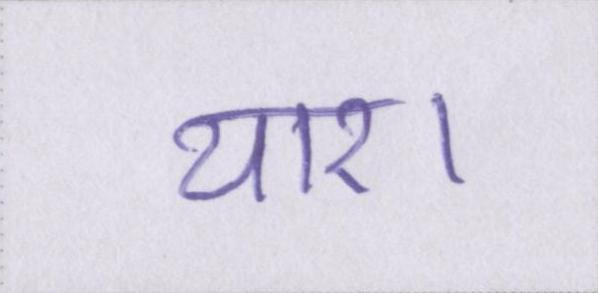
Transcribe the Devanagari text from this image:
यार।